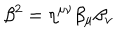
\beta ^ { 2 } = \eta ^ { \mu \nu } \beta _ { \mu } \beta _ { \nu }